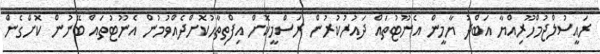
ރައީސުލްޖުމްހޫރިއްޔާ އަބްދު ޔާމީން އެނޫޓުތައް ދައުރުކުރުން ރަސްމީކޮށް އިފްތިތާޙުކޮށްދެއްވުމުން އެނޫޓުތައް ބޭނުން ކޮށްގެން